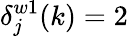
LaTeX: \delta_{j}^{w1}(k)=2